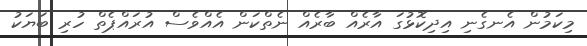
މިކަމުން އެނގެނި އިދިކޮޅުގަ އާރެއް ބާރެއް ނެތްކަން އެއްވެސް އުރައްޕެތް ހުރި ބަޔަކު